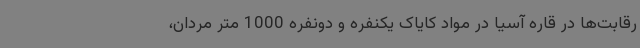
رقابت‌ها در قاره آسیا در مواد کایاک یکنفره و دونفره 1000 متر مردان،